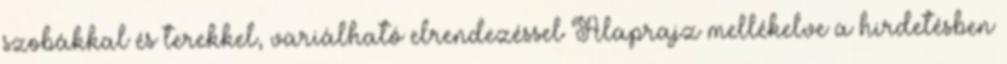
szobákkal és terekkel, variálható elrendezéssel Alaprajz mellékelve a hirdetésben